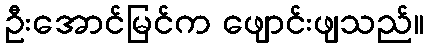
ဦးအောင်မြင်က ဖျောင်းဖျသည်။